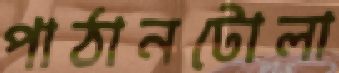
পাঠানটোলা